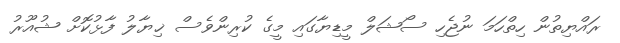
ރައްޔިތުން ހިތްހަމަ ނުޖެހި ސޯޝަލް މީޑިޔާގައި މީގެ ކުރިންވެސް ޚިޔާލު ފާޅުކޮށް ޝުއޫރު